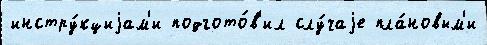
инстру́кциjам'и подгото́в'ил слу́чаjе пла́новым'и